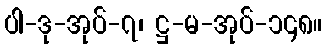
ပါ-ဒု-အုပ်-၇၊ ဋ္ဌ-မ-အုပ်-၁၄၈။